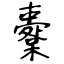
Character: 櫜